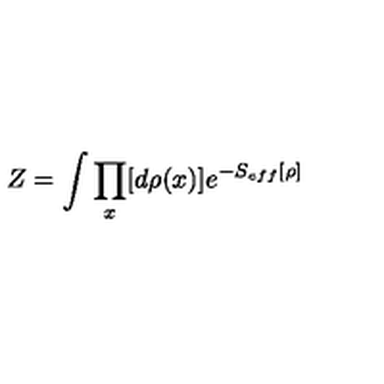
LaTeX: Z = \int \prod _ { x } [ d \rho ( x ) ] e ^ { - S _ { e f f } [ \rho ] }